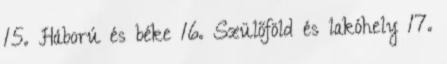
15. Háború és béke 16. Szülőföld és lakóhely 17.